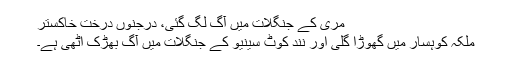
مری کے جنگلات میں آگ لگ گئی، درجنوں درخت خاکستر
ملکہ کوہسار میں گھوڑا گلی اور نند کوٹ سینيو کے جنگلات میں آگ بھڑک اٹھی ہے۔